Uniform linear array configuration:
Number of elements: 8
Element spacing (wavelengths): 0.5
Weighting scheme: binomial
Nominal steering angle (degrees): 0
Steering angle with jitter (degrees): -1.645
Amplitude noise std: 0.05
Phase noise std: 0.05

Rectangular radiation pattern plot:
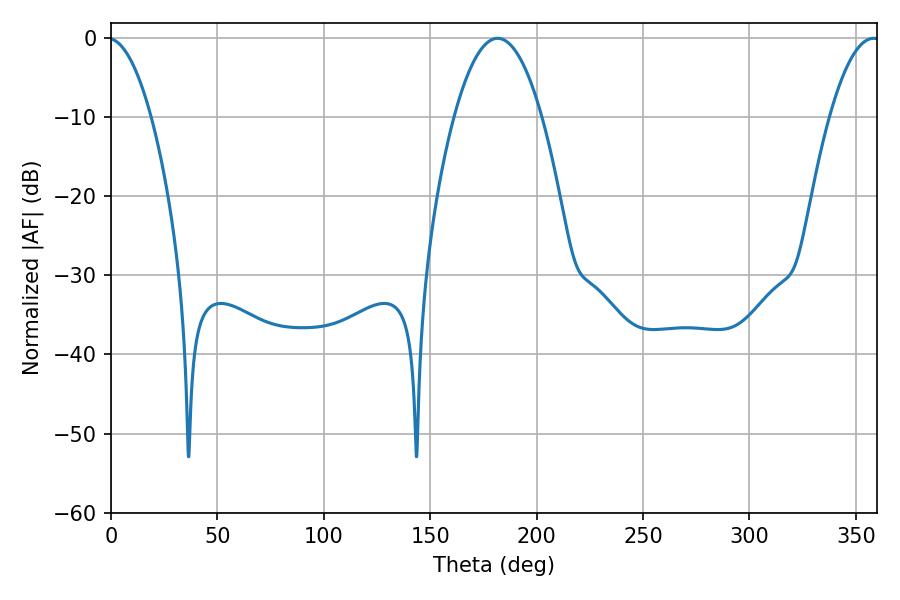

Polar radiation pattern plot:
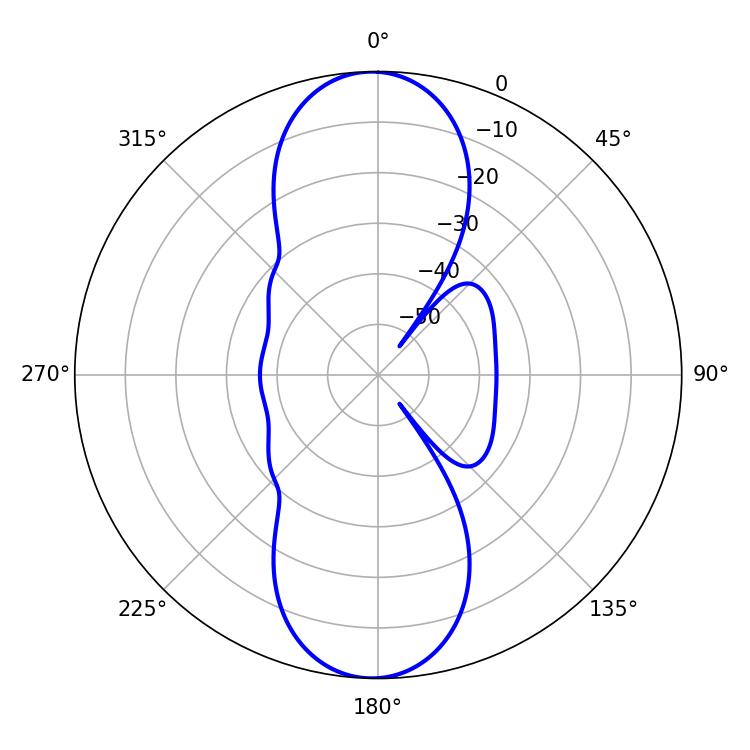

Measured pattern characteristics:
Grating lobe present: FALSE
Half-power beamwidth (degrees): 22.86
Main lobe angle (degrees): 181.62